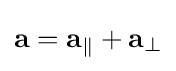
\mathbf {a} =\mathbf {a} _{\parallel }+\mathbf {a} _{\perp }